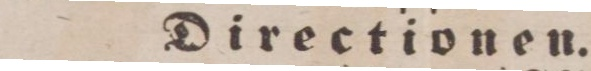
Directionen.